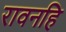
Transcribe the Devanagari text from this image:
रावनहि